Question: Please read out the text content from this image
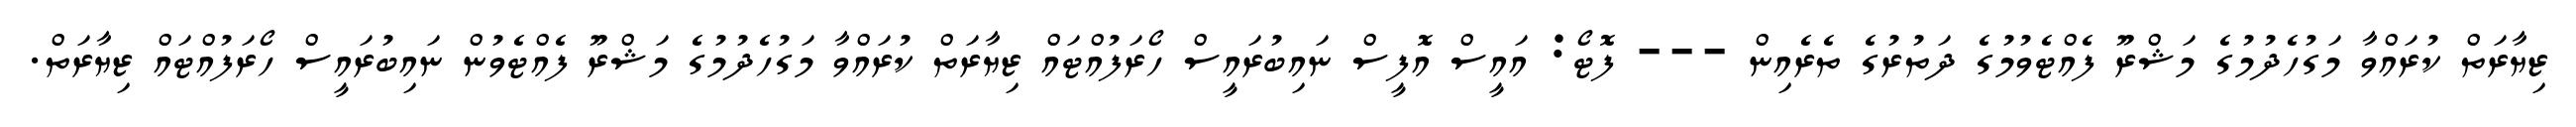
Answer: ޒިޔާރަތް ކުރައްވާ މަގުހެދުމުގެ މަޝްރޫ ފެއްޓެވުމުގެ ދަތުރުގެ ތެރެއިން --- ފޮޓޯ: އައީސް އޮފީސް ނައިބުރައީސް ހޯރަފުއްޓައް ޒިޔާރަތް ކުރައްވާ މަގުހެދުމުގެ މަޝްރޫ ފެއްޓެވުން ނައިބުރައީސް ހޯރަފުއްޓައް ޒިޔާރަތް.